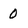
Character: 0